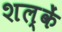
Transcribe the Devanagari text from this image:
शल्कें